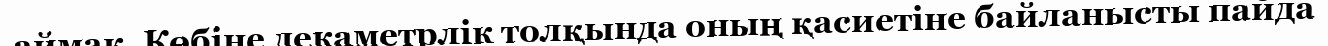
аймак. Көбіне декаметрлік толқында оның қасиетіне байланысты пайда